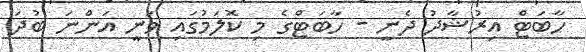
ހާބަޓް އިރުޝާދު ދެނީ - ހާބަޓްގެ މި ކޮލަމުގައި ވަނީ އަންނަ ބުދަ